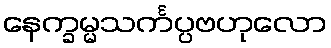
နေက္ခမ္မသင်္ကပ္ပဗဟုလော